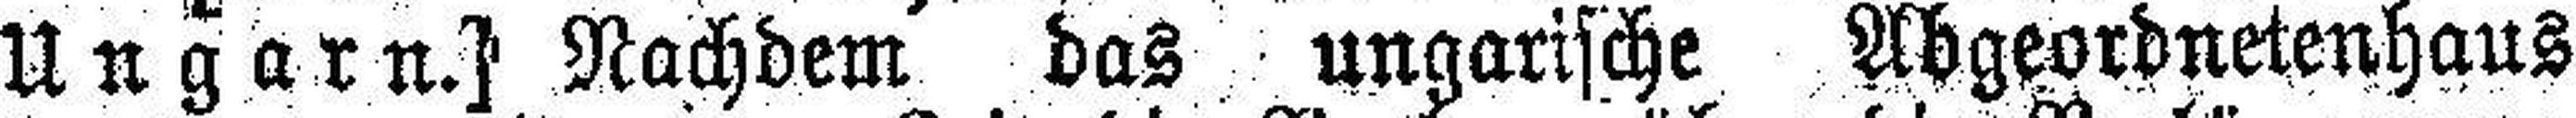
Ungarn.] Nachdem das ungarische Abgeordnetenhaus